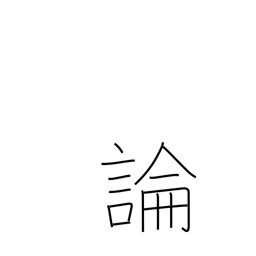
Meaning: argument